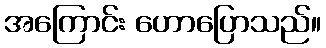
အကြောင်း ဟောပြောသည်။